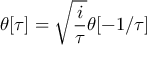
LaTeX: \theta [ \tau ] = \sqrt { \frac { i } { \tau } } \theta [ - 1 / \tau ]